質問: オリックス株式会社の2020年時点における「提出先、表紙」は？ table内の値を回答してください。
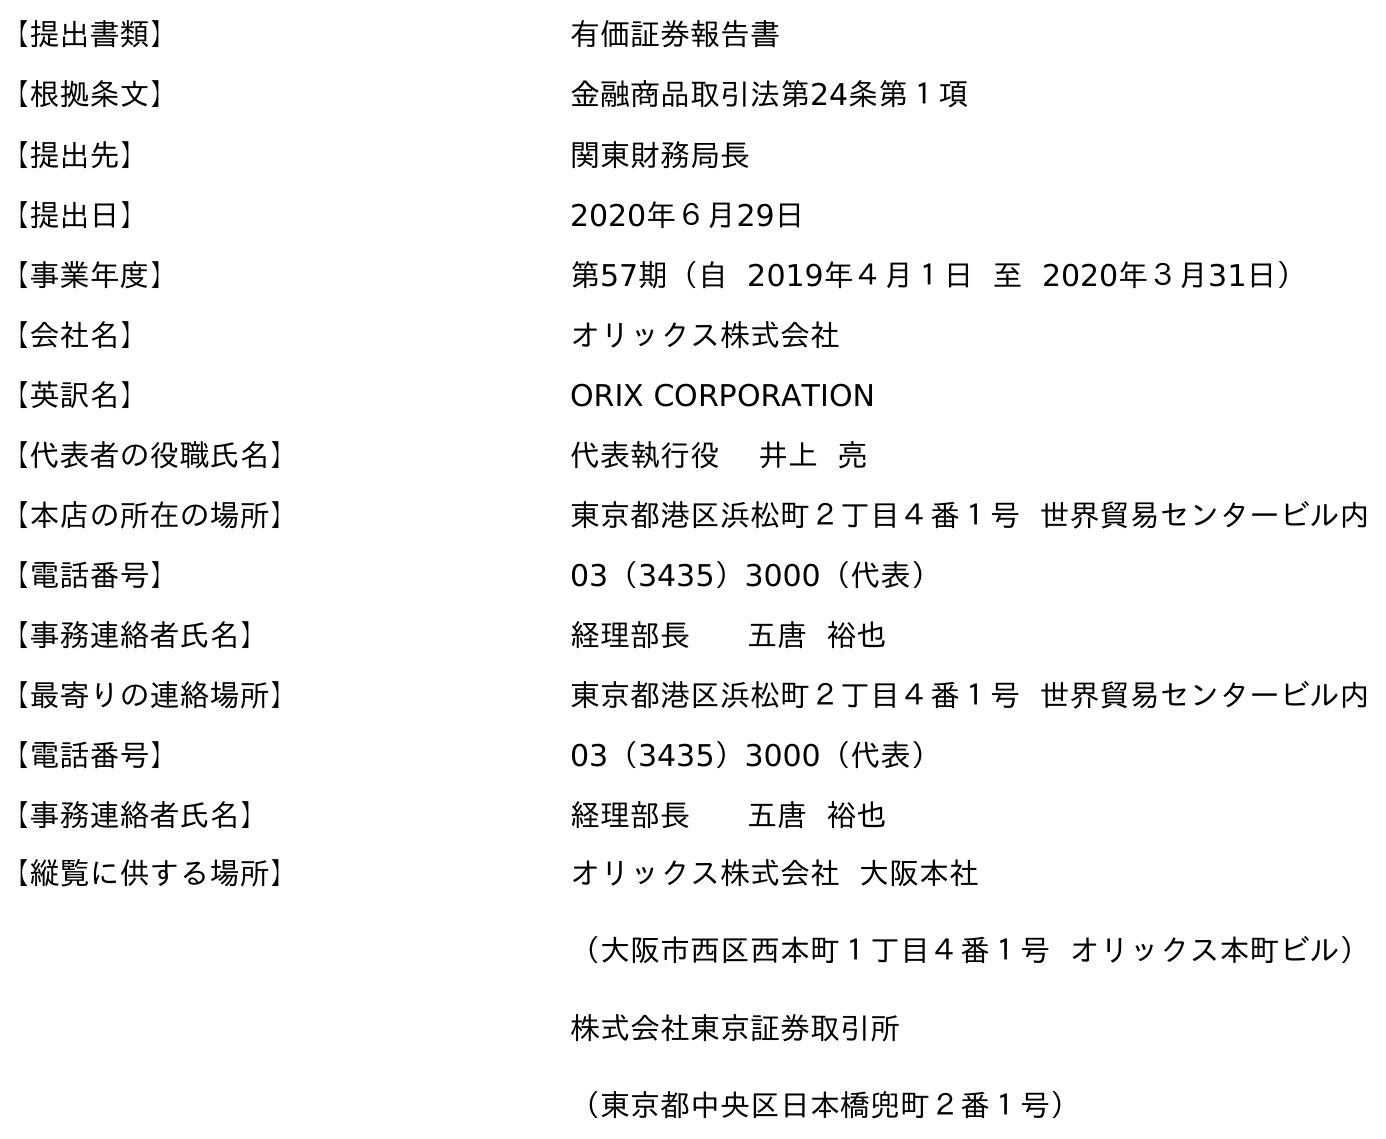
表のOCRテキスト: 【提出書類】 有価証券報告書 【根拠条文】 金融商品取引法第24条第１項 【提出先】 関東財務局長 【提出日】 2020年６月29日 【事業年度】 第57期（自 2019年４月１日 至 2020年３月31日） 【会社名】 オリックス株式会社 【英訳名】 ORIX CORPORATION 【代表者の役職氏名】 代表執行役 井上 亮 【本店の所在の場所】 東京都港区浜松町２丁目４番１号 世界貿易センタービル内 【電話番号】 03（3435）3000（代表） 【事務連絡者氏名】 経理部長 五唐 裕也 【最寄りの連絡場所】 東京都港区浜松町２丁目４番１号 世界貿易センタービル内 【電話番号】 03（3435）3000（代表） 【事務連絡者氏名】 経理部長 五唐 裕也 【縦覧に供する場所】 オリックス株式会社 大阪本社 （大阪市西区西本町１丁目４番１号 オリックス本町ビル） 株式会社東京証券取引所 （東京都中央区日本橋兜町２番１号）
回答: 関東財務局長